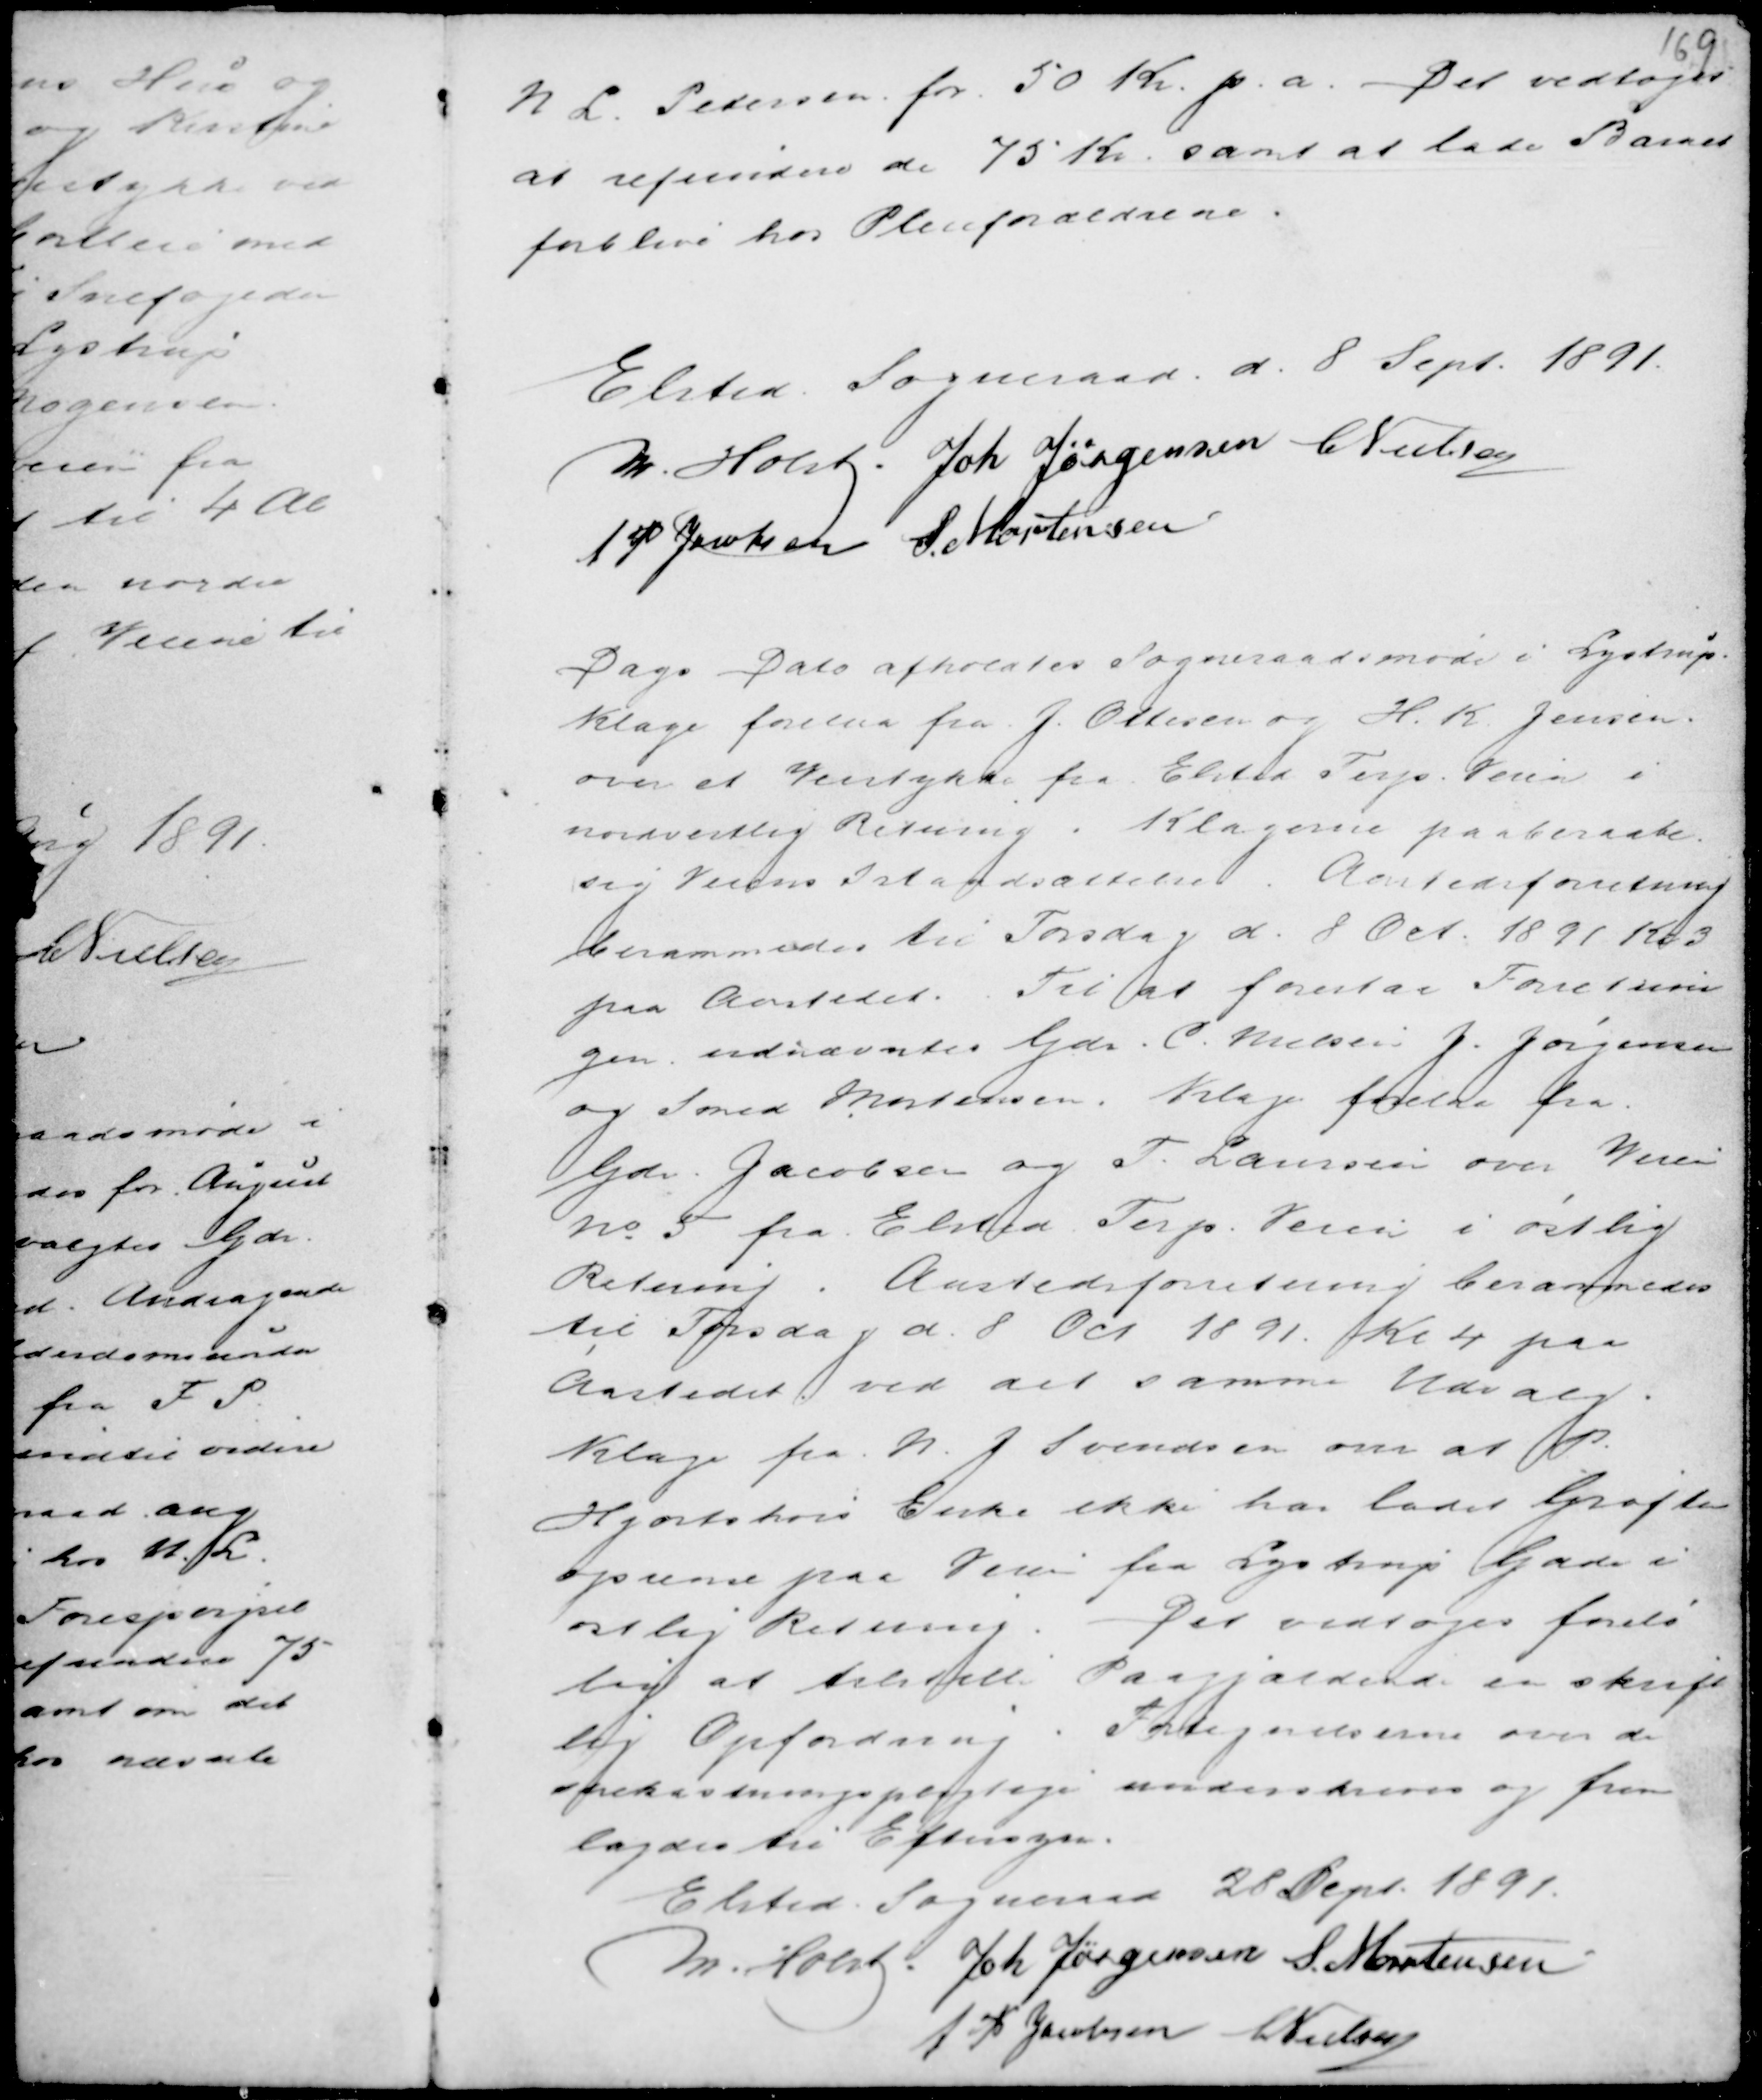
Transskription:
N L. Pedersen for 50 Kr. p.a. Det vedtoges
at refundere de 75 Kr. samt at lade Barnet
forblive hos Pleieforældrene.

Elsted Sogneraad d. 8. Sept. 1891
M. Holst Joh Jørgensen C Nielsen
A P Jacobsen S. Mortensen

Dags Dato afholdtes Sogneraadsmøde i Lystrup
Klage forelaa fra J. Ottesen og H. K. Jensen
om et Veistykke fra Elsted Terp Veien i
nordvestlig Retning. Klagerne paaberaabe
sig Veiens Istandsættelse. Aastedsforretning
berammes til Torsdag d. 8 Oct. 1891 Kl 3
paa Aastedet. Til at forestaa Forretnin-
gen udnævntes Gdr C. Nielsen J. Jørgensen
og Smed Mortensen. Klage forelaa fra
Gdr Jacobsen og T. Laursen om Veien
no 5 fra Elsted Terp Veien i østlig
Retning. Aastedforretning berammes
til Torsdag d 8. Oct 1891 Kl 4 paa
Aastedet ved det samme Udvalg.
Klage fra N. J Svendsen om at P.
Hjortshøis Enke ikke har ladet Grøften
oprense paa Veien fra Lystrup Gade i
østlig Retning. Det vedtoges forelø
big at tilstille Paagjældende en skrift
lig Opfordring. Fortegnelserne over de
snekastningspligtige underskreves og frem
lagdes til Eftersyn.
Elsted Sogneraad 28 Sept. 1891.
M. Holst . Joh Jørgensen S Mortensen
A P Jacobsen C Nielsen